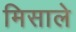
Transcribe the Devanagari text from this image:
मिसाले